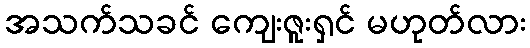
အသက်သခင် ကျေးဇူးရှင် မဟုတ်လား